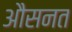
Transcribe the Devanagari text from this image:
औसनत